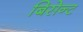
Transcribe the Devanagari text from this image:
बिसेन्ट